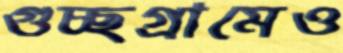
গুচ্ছগ্রামেও